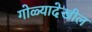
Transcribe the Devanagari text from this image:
गोळ्यादेखील